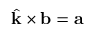
\hat { \mathbf { k } } \times \mathbf { b } = \mathbf { a }